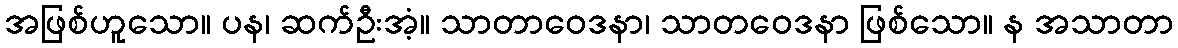
အဖြစ်ဟူသော။ ပန၊ ဆက်ဦးအံ့။ သာတာဝေဒနာ၊ သာတဝေဒနာ ဖြစ်သော။ န အသာတာ